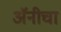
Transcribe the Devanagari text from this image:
अॅनीचा